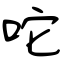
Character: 咜